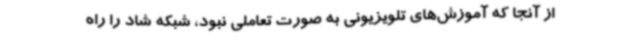
از آنجا که آموزش‌های تلویزیونی به صورت تعاملی نبود، شبکه شاد را راه